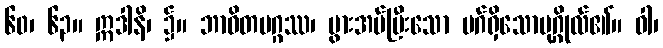
၆၀၊ ၆၃။ ဣဒါနိ၊ ၌။ ဘာဝိတမဂ္ဂဿ၊ ပွားအပ်ပြီးသော မဂ်ရှိသောပုဂ္ဂိုလ်၏။ ဝါ၊